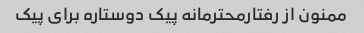
ممنون از رفتارمحترمانه پیک دوستاره برای پیک